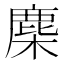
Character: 䴢